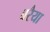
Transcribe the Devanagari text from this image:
बरैया